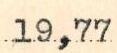
19,77